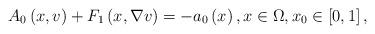
LaTeX: \begin{align*}A_{0}\left( x,v\right) +F_{1}\left( x,\nabla v\right) =-a_{0}\left( x\right),x\in \Omega ,x_{0}\in \left[ 0,1\right] , \end{align*}